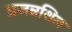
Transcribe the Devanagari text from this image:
प्रजन्नशिल